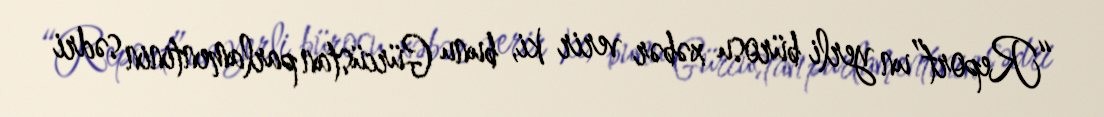
“Report”un yerli bürosu xəbər verir ki, bunu Gürcüstan parlamentinin sədri